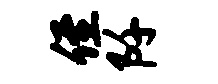
侄阡